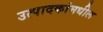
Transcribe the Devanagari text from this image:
उत्पादकांमधील